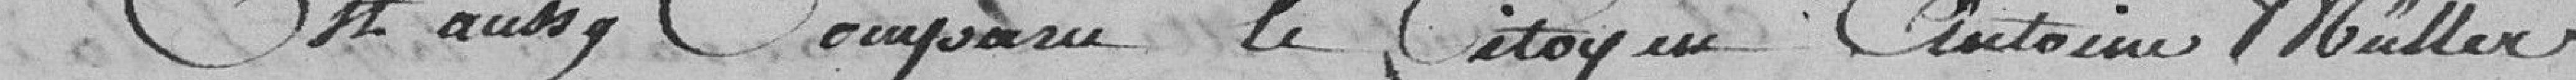
En compagnie le citoyen Antoine Müller